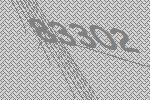
83302